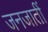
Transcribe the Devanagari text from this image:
जनजातीं